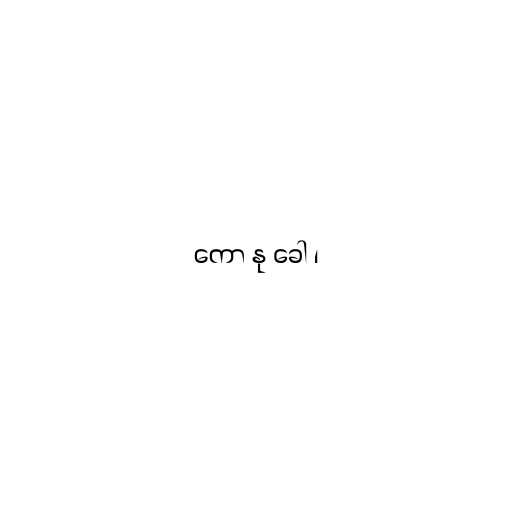
ကော နု ခေါ ၊